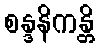
စန္ဒနိကန္တိ